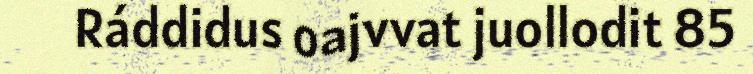
Ráddidus oajvvat juollodit 85